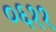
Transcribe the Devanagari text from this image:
०६११